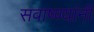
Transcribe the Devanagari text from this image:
सवाष्ण्यांनी